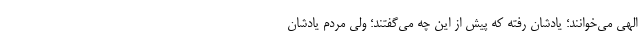
الهی می‌خوانند؛ یادشان رفته که پیش از این چه می‌گفتند؛ ولی مردم یادشان